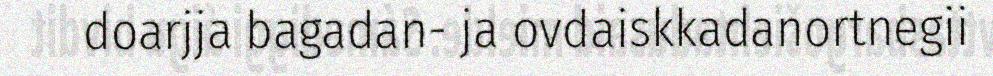
doarjja bagadan- ja ovdaiskkadanortnegii